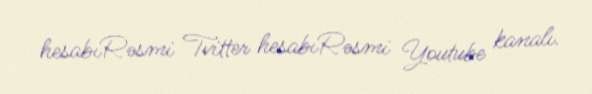
hesabıRəsmi Tvitter hesabıRəsmi Youtube kanalı.